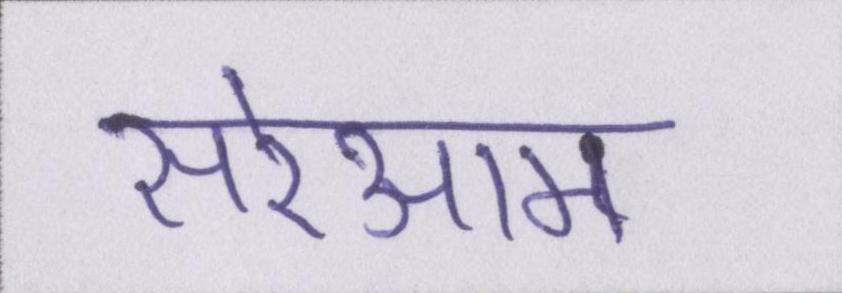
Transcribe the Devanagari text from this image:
सरेआम